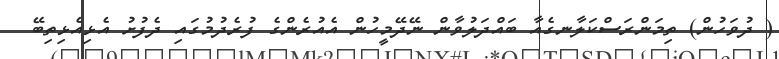
( ދުވަހުން) ތިމަންރަސްކަލާނގެއާ ބައްދަލުވާން ނޭދޭމީހުން އެއުރެންގެ ފުރެދުމުގައި ދެފުށު އެޅިއެޅިތިބޭ